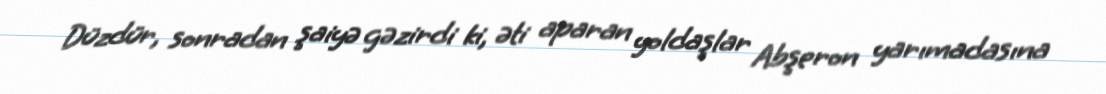
Düzdür, sonradan şaiyə gəzirdi ki, əti aparan yoldaşlar Abşeron yarımadasına